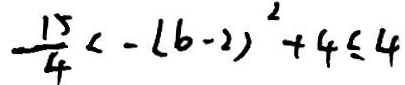
- \frac { 1 5 } { 4 } < - ( 6 - 2 ) ^ { 2 } + 4 \leq 4